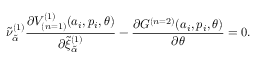
{ \tilde { \nu } } _ { \tilde { \alpha } } ^ { ( 1 ) } \frac { \partial V _ { ( n = 1 ) } ^ { ( 1 ) } ( a _ { i } , p _ { i } , \theta ) } { \partial { \tilde { \xi } } _ { \tilde { \alpha } } ^ { ( 1 ) } } - \frac { \partial { \cal G } ^ { ( n = 2 ) } ( a _ { i } , p _ { i } , \theta ) } { \partial \theta } = 0 .